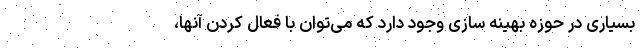
بسیاری در حوزه بهینه سازی وجود دارد که می‌توان با فعال کردن آنها،